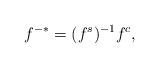
LaTeX: \begin{align*}f^{-*}=(f^{s})^{-1}f^c,\end{align*}